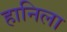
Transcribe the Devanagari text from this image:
हानिला